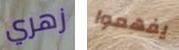
زهري يفهموا